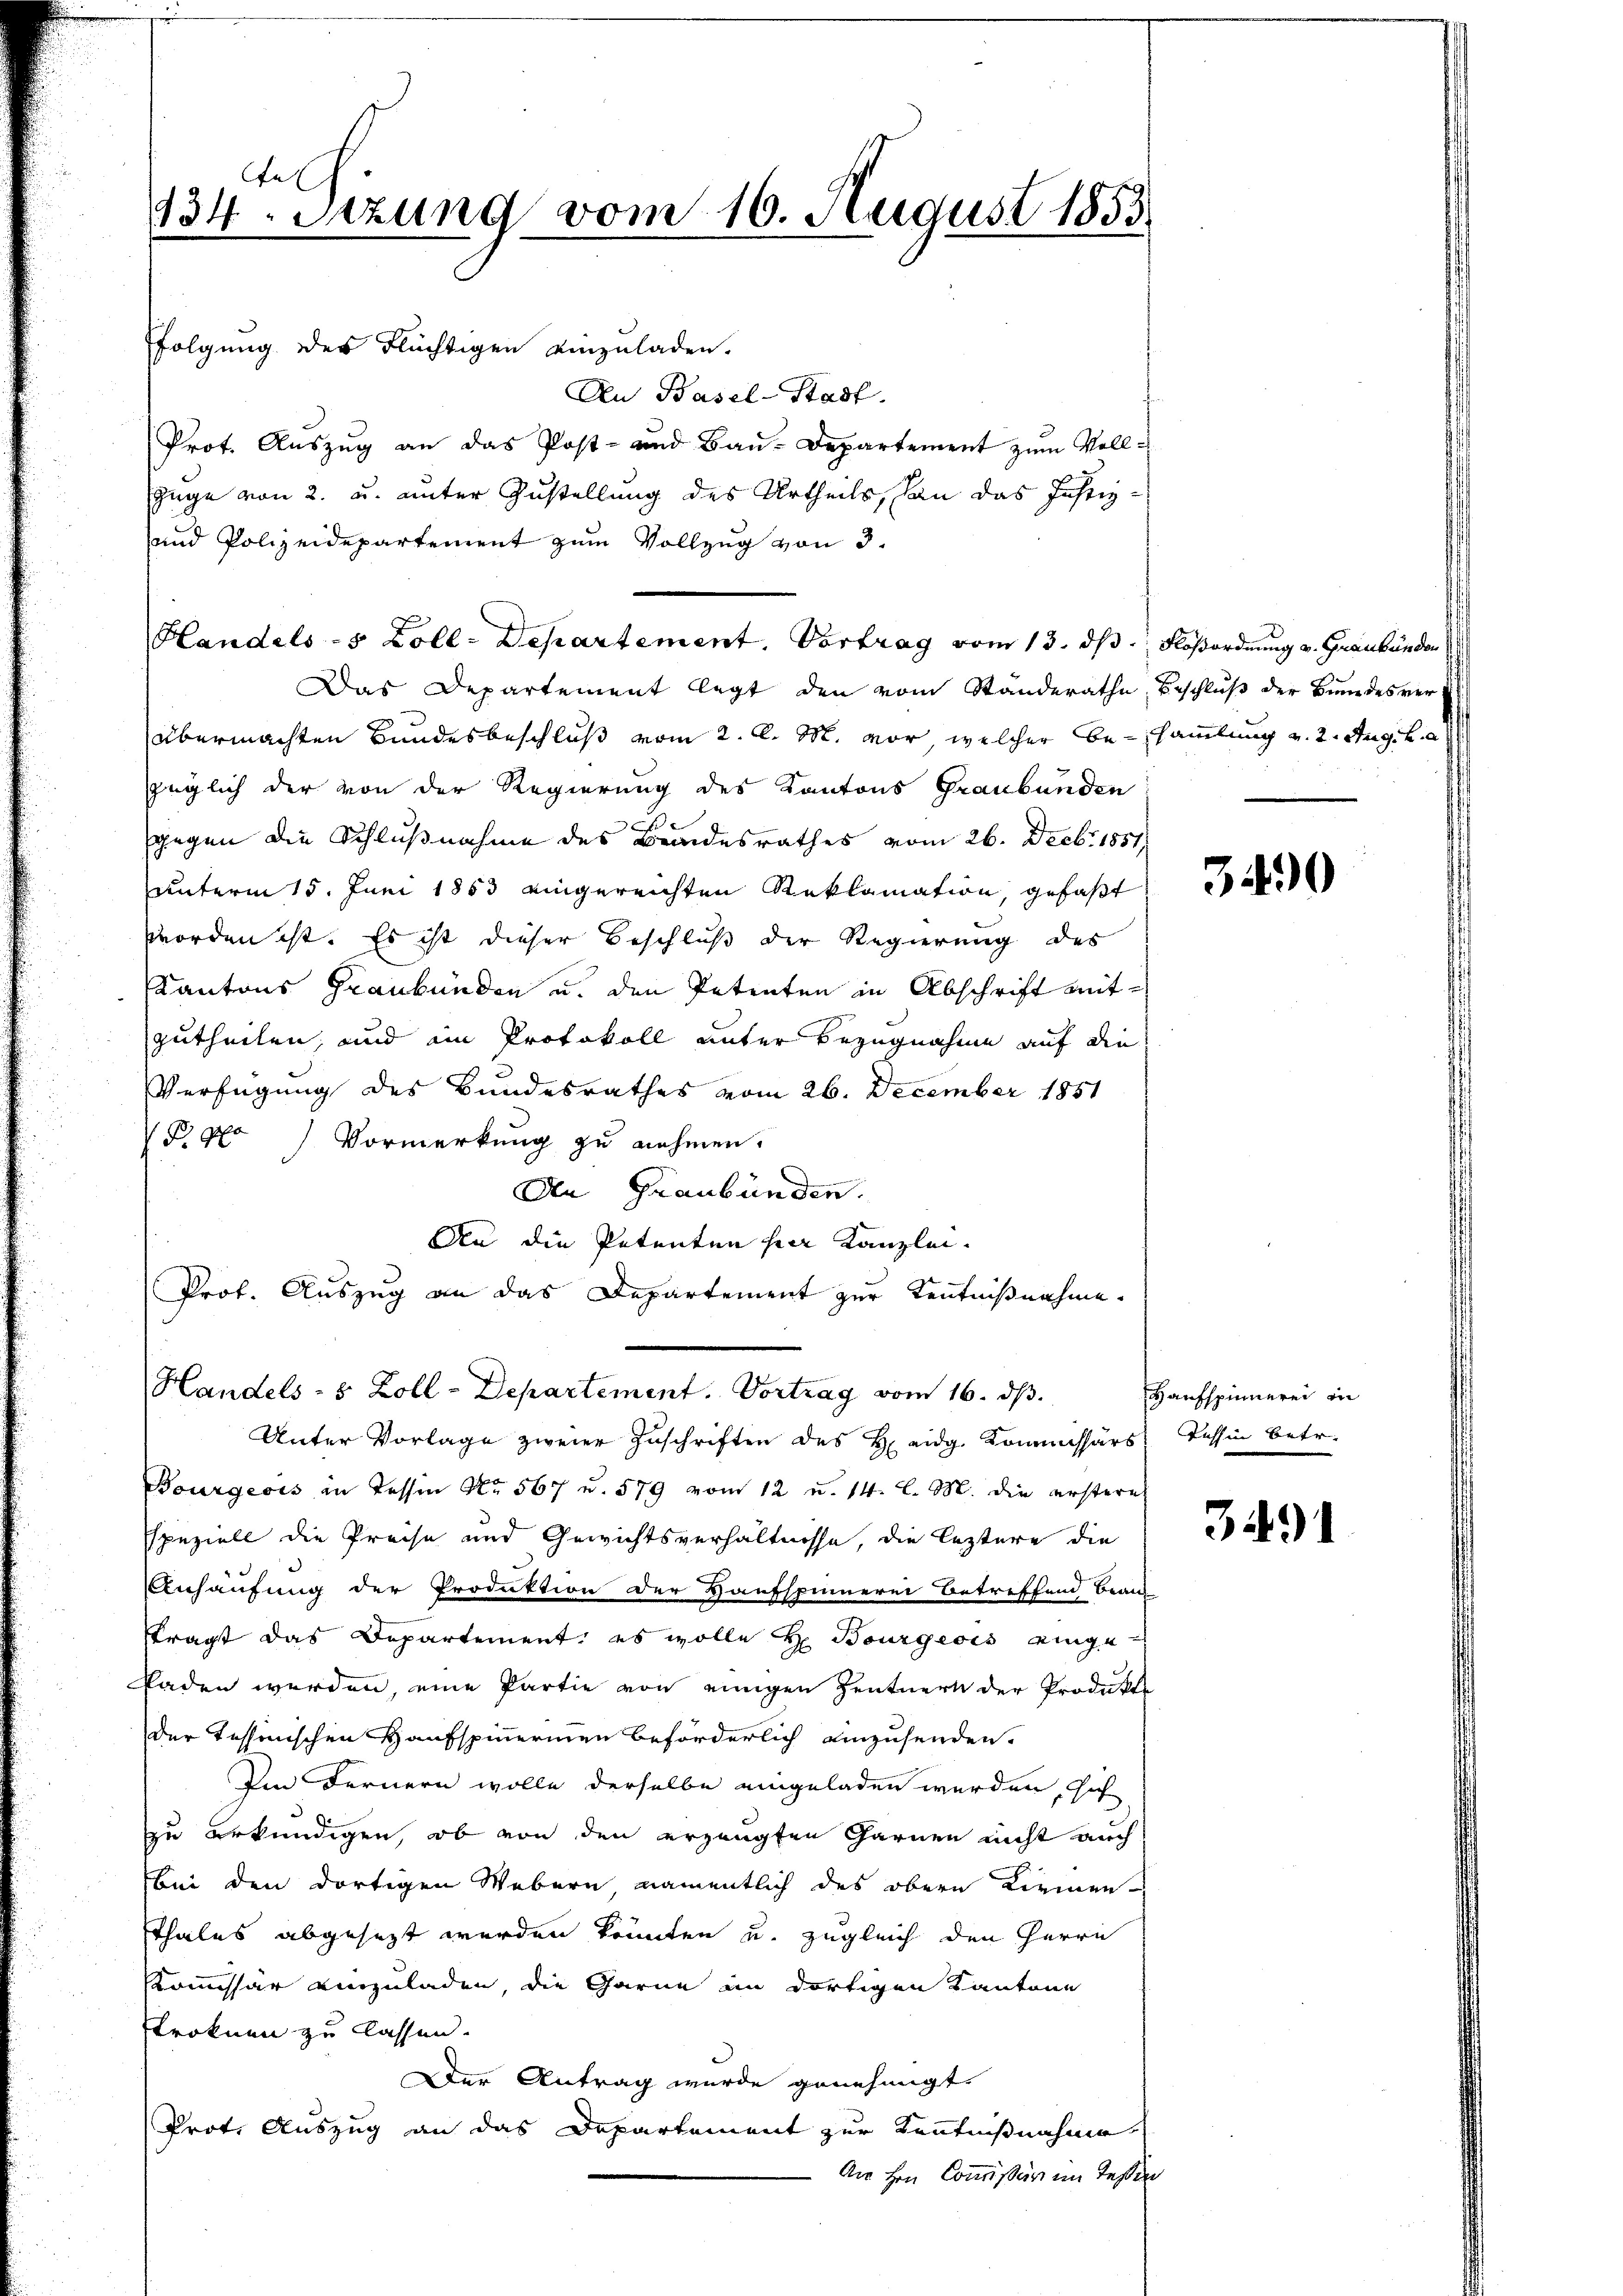
fe
134. Sizung vom 16. August 1853.

folgung des Flüchtigen einzuladen.
An Basel-Stadt.
Prot. Auszug an das Post- und Bau-Departement zum Voll¬
Züge von 2. u. unter Zustellung des Urtheils, an das Justiz-
und Polizeidepartement zum Vollzug von 3.
Das Departement legt den vom Standerathe Beschluß der Bundesverübermachten Bundesbeschluß vom 2. d. M. vor, welcher Besammlung v. 2. Aug. v. a
züglich der von der Regierung des Kantons Graubünden
gegen die Schlußnahme des Bandesrathes vom 26. Decbr. 1851
unterm 15. Juni 1853 eingereichten Reklamation, gefaßt
worden ist. Es ist dieser Beschluß der Regierung des
Kantons Graubünden u. den Petenten in Abschrift mitzutheilen, und ein Protokoll unter Bezugnahme auf die
Verfügung des Bundesrathes vom 26. December 1851
 P. No Vormerkung zu nehmen.
An Graubünden.
An die Petenten herr Kanzlei.
Prof. Auszug an das Departement zur Kenntnißnahme.

Handels- 5 Zoll-Departement. Vortrag vom 13. ds. Floßordnung v. Graubünden

Handels- & Zoll-Departement. Vortrag vom 16. ds.

Unter Vorlage zweier Zuschriften des H. eidg. Kommissärs Tessin betr.
Bourgeois in Tessin No. 567 u. 579 vom 12 u. 14. l. M. die erstern
speziell die Preise und Gewichtsverhältnisse, die leztere die
Anhäufung der Produktion der Haufspinnerei Betreffend Bean
tragt das Departement, es wolle H. Bourgesis eingeladen werden, eine Partie von einigen Zentnern der Produkte
der Tessinischen Haufspinnermen beförderlich einzusenden.
Im Fernern wolle derselbe eingeladen werden, sich
zu erkundigen, ob von den erzeugten Garnen nicht auch
bei den dortigen Webern namentlich des obern Kirmen
Ethales abgesezt werden könnten u. zugleich den Herrn
Kommissär einzuladen, die Garne im dortigen Kantone
stroknen zu lassen.
Der Antrag wurde genehmigt.
Prot. Auszug an das Departement zur Kenntnißnahme
An Hrn. Commissär im Tessin

3490

Haufspinnerei in

3491